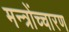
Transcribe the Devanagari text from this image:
मन्त्रोंच्चारण